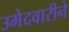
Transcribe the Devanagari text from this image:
उमेदवारीने